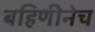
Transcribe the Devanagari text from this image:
बहिणीनेच